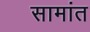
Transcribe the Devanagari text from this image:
सामांत